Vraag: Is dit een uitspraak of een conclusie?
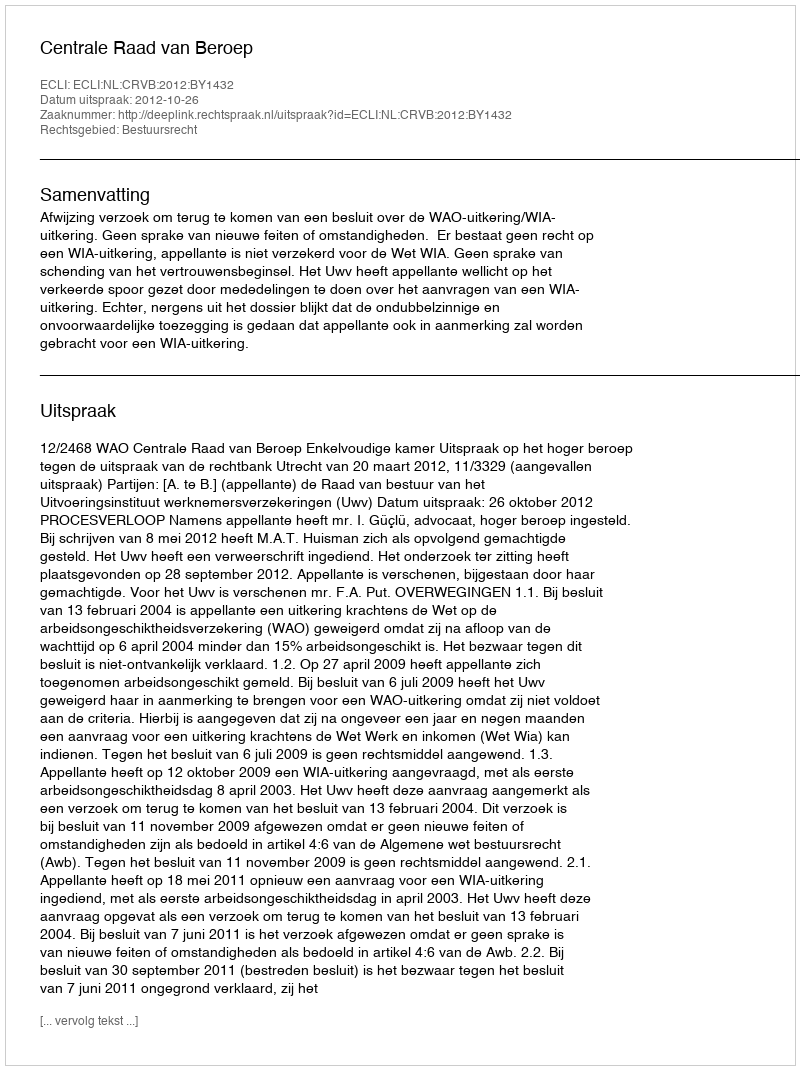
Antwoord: Uitspraak